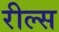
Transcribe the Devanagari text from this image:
रील्स